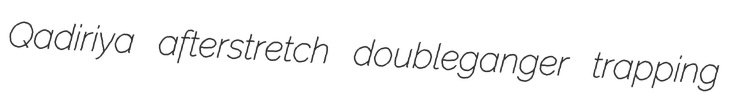
Qadiriya afterstretch doubleganger trapping